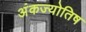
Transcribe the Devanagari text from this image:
अंकज्योतिष